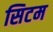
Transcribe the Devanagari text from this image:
सिटम